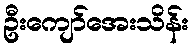
ဦးကျော်အေးသိန်း